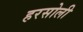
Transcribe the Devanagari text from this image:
हरसोली